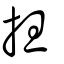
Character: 担